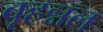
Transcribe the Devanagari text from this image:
बृहन्नल